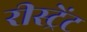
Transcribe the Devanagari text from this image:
रीस्ट्रेंट